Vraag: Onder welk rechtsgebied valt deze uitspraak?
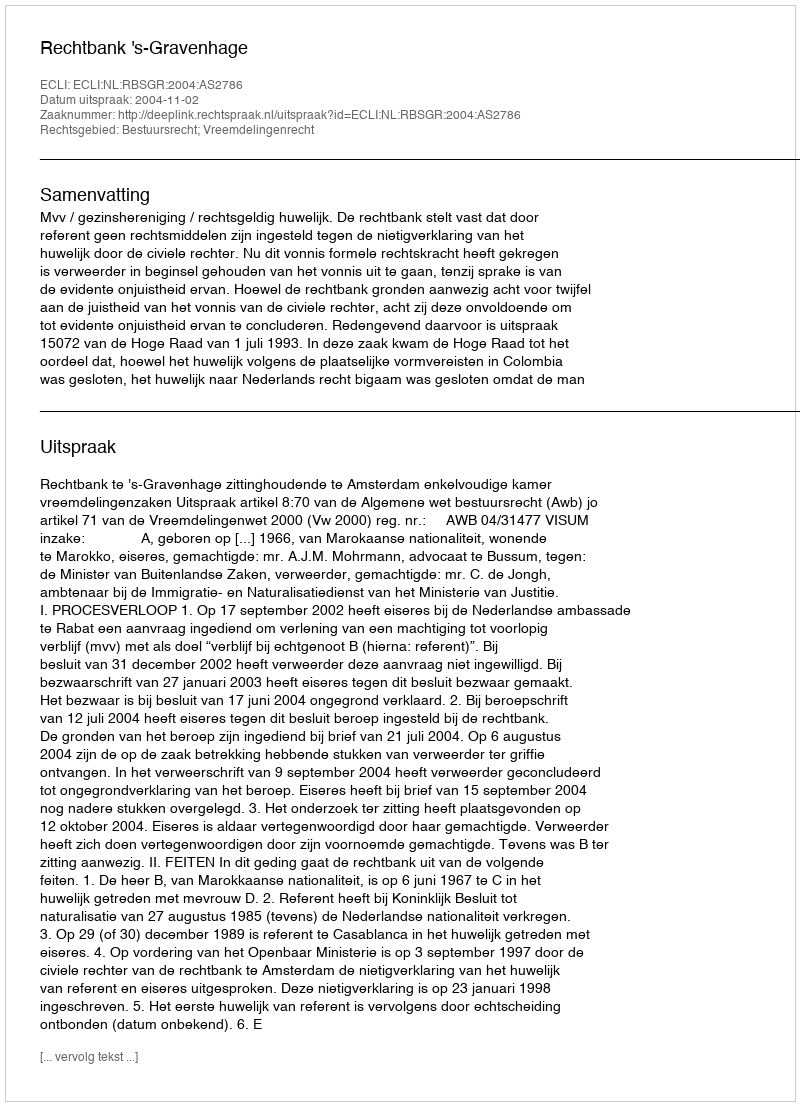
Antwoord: Bestuursrecht; Vreemdelingenrecht